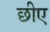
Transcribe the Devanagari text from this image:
छीए